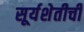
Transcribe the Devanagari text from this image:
सूर्यशेतीची